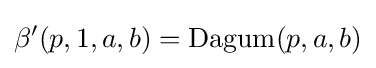
\beta '(p,1,a,b)={\textrm {Dagum}}(p,a,b)